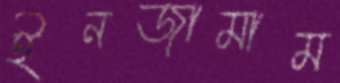
ইনজামাম